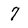
Character: 7